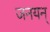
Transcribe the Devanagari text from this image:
जनयन्